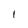
Character: I